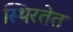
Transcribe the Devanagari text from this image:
स्थिरतेत